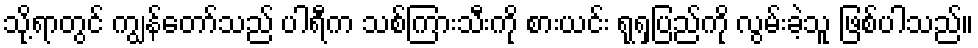
သို့ရာတွင် ကျွန်တော်သည် ပါရီက သစ်ကြားသီးကို စားယင်း ရုရှပြည်ကို လွမ်းခဲ့သူ ဖြစ်ပါသည်။